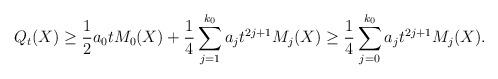
LaTeX: \begin{align*}Q_t(X) \geq \frac{1}{2}a_0 t M_0(X)+\frac{1}{4}\sum_{j=1}^{k_0}a_j t^{2j+1}M_j(X)\geq \frac{1}{4}\sum_{j=0}^{k_0}a_j t^{2j+1}M_j(X).\end{align*}